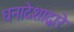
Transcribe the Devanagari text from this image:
धनादेशाद्वारे